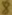
Text: 8